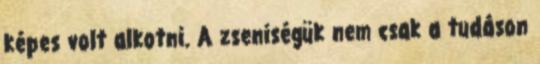
képes volt alkotni. A zseniségük nem csak a tudáson